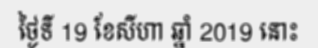
ថ្ងៃទី 19 ខែសីហា ឆ្នាំ 2019 នោះ